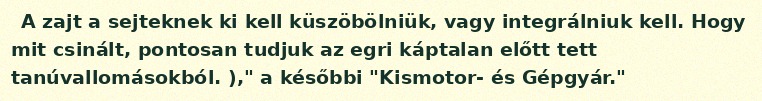
A zajt a sejteknek ki kell küszöbölniük, vagy integrálniuk kell. Hogy mit csinált, pontosan tudjuk az egri káptalan előtt tett tanúvallomásokból. )," a későbbi "Kismotor- és Gépgyár."